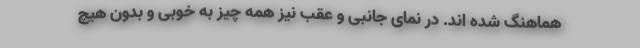
هماهنگ شده اند. در نمای جانبی و عقب نیز همه چیز به خوبی و بدون هیچ